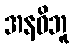
အနဓိဘူ